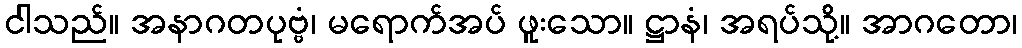
ငါသည်။ အနာဂတပုဗ္ဗံ၊ မရောက်အပ် ဖူးသော။ ဋ္ဌာနံ၊ အရပ်သို့။ အာဂတော၊